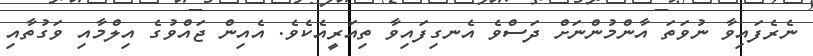
ނެރެފައިވާ ނުވަތަ އާންމުންނަށް ދަސްވެ އެނގިފައިވާ ތިއަރީއެކެވެ. އެއިން ޖައްވުގެ އިލްމާއި ވަގުތާއި